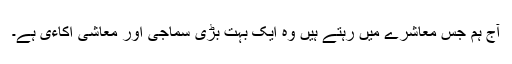
آج ہم جس معاشرے میں رہتے ہیں وہ ایک بہت بڑی سماجی اور معاشی اکاءی ہے۔